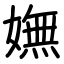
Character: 嫵